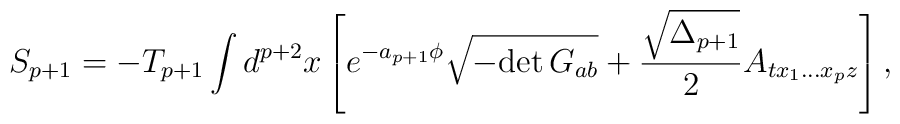
S_{p+1}=-T_{p+1}\int d^{p+2}x\left[e^{-a_{p+1}\phi}\sqrt{-{\rm det}\,G_{ab}}+{\sqrt{\Delta_{p+1}}\over 2}A_{tx_1...x_pz}\right],